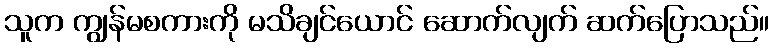
သူက ကျွန်မစကားကို မသိချင်ယောင် ဆောက်လျက် ဆက်ပြောသည်။